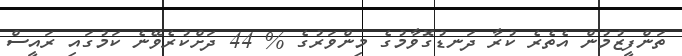
ތަންފީޒުމުން އެތެރެ ކުރާ ދަނޑުގޮވާމުގެ މިންވަރުގެ % 44 ދަށްކުރެވޭނެ ކަމުގައި ރައީސް